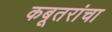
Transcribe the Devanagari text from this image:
कबूतरांचा